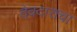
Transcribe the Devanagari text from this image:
देवदाराचा